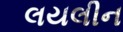
લયલીન